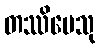
တဿိမေသု